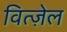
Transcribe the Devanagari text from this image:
वित्ज़ेल